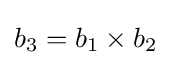
b_{3}=b_{1}\times b_{2}